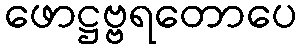
ဖောဋ္ဌဗ္ဗရတောပေ